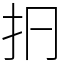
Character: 㧇